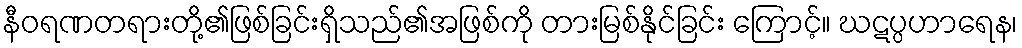
နီဝရဏတရားတို့၏ဖြစ်ခြင်းရှိသည်၏အဖြစ်ကို တားမြစ်နိုင်ခြင်း ကြောင့်။ ဃဋပ္ပဟာရေန၊